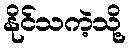
နိုင်သကဲ့သို့